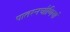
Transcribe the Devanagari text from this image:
पातरनचौणियां